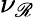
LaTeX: \nu_{\mathscr{R}}